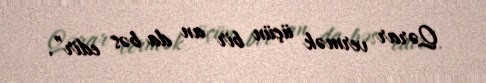
Qərar vermək üçün bir an da bəs edir”.